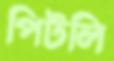
পিটলি